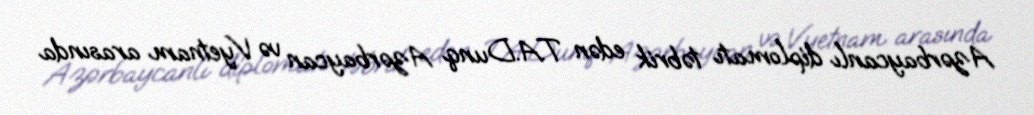
Azərbaycanlı diplomatı təbrik edən T.A.Dunq Azərbaycan və Vyetnam arasında